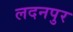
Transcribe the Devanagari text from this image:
लदनपुर